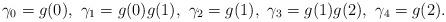
LaTeX: \begin{align*}\gamma_0=g(0),\ \gamma_1=g(0)g(1),\ \gamma_2=g(1),\ \gamma_3=g(1)g(2),\ \gamma_4=g(2).\end{align*}